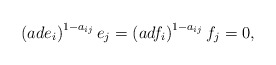
\begin{align*}\left ( ad e_i \right )^{1-a_{ij}}e_j=\left ( ad f_i \right )^{1-a_{ij}}f_j=0,\end{align*}